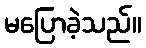
မပြောခဲ့သည်။